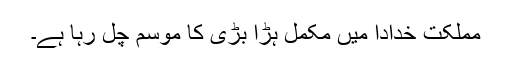
مملکت خدادا میں مکمل ہڑا بڑی کا موسم چل رہا ہے۔